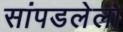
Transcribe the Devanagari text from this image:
सांपडलेला